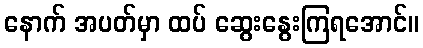
နောက် အပတ်မှာ ထပ် ဆွေးနွေးကြရအောင်။